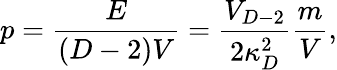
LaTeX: p={\frac{E}{(D-2)V}}={\frac{V_{D-2}}{2\kappa_{D}^{2}}}{\frac{m}{V}},